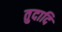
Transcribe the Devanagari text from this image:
तुदादि